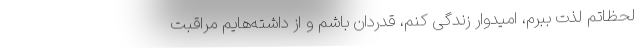
لحظاتم لذت ببرم، امیدوار زندگی کنم، قدردان باشم و از داشته‌هایم مراقبت